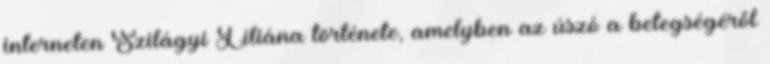
interneten Szilágyi Liliána története, amelyben az úszó a betegségéről